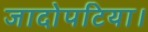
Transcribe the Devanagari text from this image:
जादोपटिया।